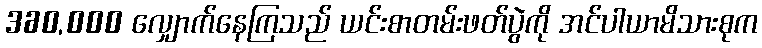
360,000 လျှောက်နေကြသည် ယင်းစာတမ်းဖတ်ပွဲကို အင်ပါယာမိသားစုက